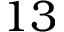
1 3